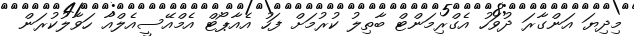
މިދިޔަ އަންގާރަ ދުވަހު އެގްރިމަންޓް ބާތިލު ކުރުމަށް ފަހު އެއާޕޯޓް އެމްއޭސީއެލްއާ ހަވާލުކުރަން